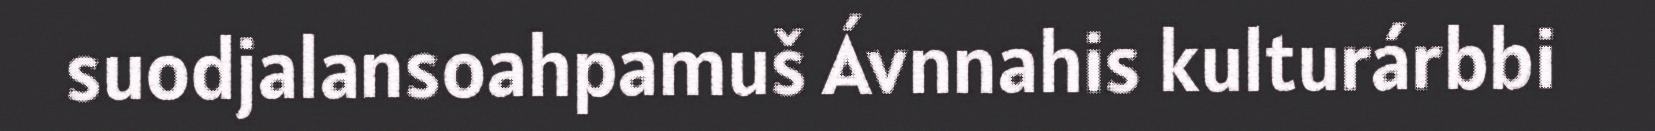
suodjalansoahpamuš Ávnnahis kulturárbbi